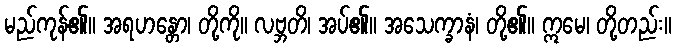
မည်ကုန်၏။ အရဟန္တော၊ တို့ကို။ လဗ္ဘတိ၊ အပ်၏။ အသေက္ခာနံ၊ တို့၏။ ဣမေ၊ တို့တည်း။